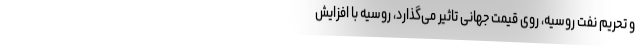
و تحریم نفت روسیه، روی قیمت جهانی تاثیر می‌گذارد، روسیه با افزایش